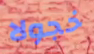
خجولا